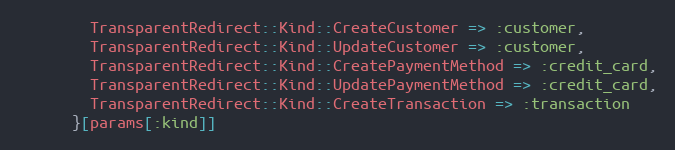
Language: Ruby
        TransparentRedirect::Kind::CreateCustomer => :customer,
        TransparentRedirect::Kind::UpdateCustomer => :customer,
        TransparentRedirect::Kind::CreatePaymentMethod => :credit_card,
        TransparentRedirect::Kind::UpdatePaymentMethod => :credit_card,
        TransparentRedirect::Kind::CreateTransaction => :transaction
      }[params[:kind]]